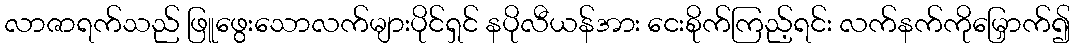
လာဇာရက်သည် ဖြူဖွေးသောလက်များပိုင်ရှင် နပိုလီယန်အား ငေးစိုက်ကြည့်ရင်း လက်နက်ကိုမြှောက်၍